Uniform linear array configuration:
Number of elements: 4
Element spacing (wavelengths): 0.75
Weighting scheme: hamming
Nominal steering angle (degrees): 15
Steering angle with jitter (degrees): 16.693
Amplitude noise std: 0.05
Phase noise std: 0.05

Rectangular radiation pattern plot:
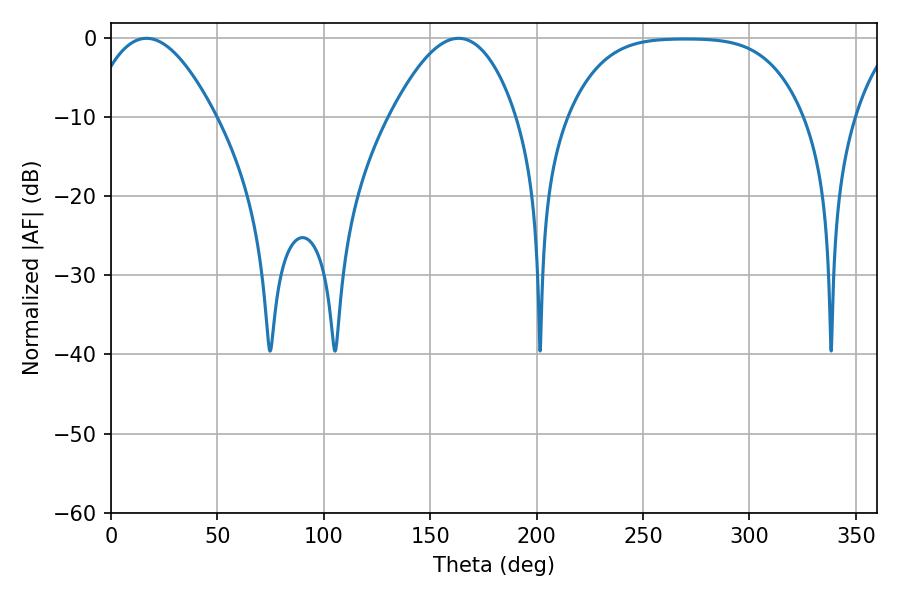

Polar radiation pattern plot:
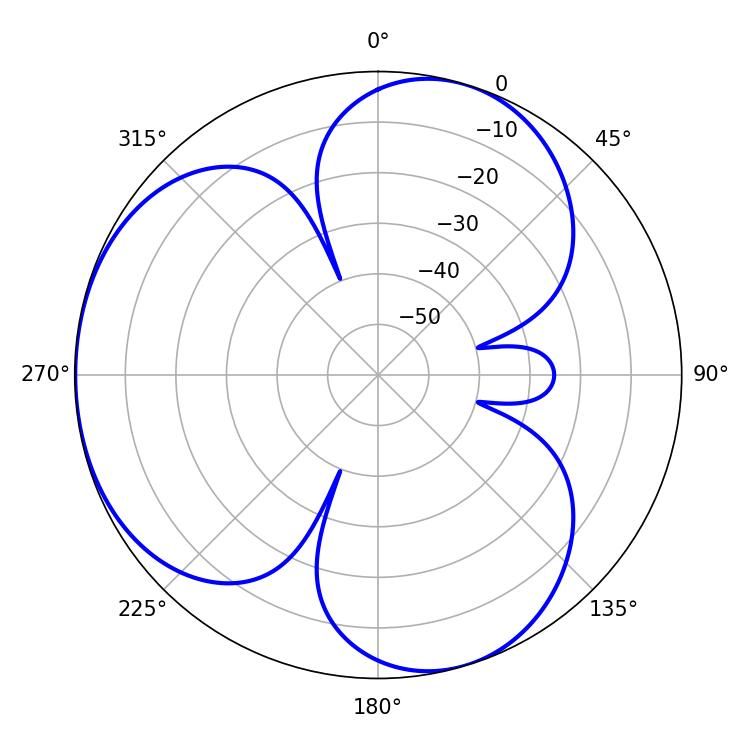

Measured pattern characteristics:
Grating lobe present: TRUE
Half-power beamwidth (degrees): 32.4
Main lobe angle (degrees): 16.74